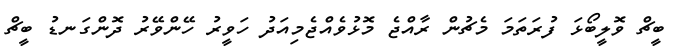
ބީޗް ވޮލީބޯޅަ ފުރަތަމަ މެޗުން ރާއްޖެ މޮޅުވެއްޖެމިއަދު ހަވީރު ހޭންވޭރު ދޮންގަނޑު ބީޗް